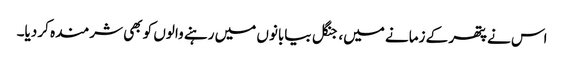
اس نے پتھر کے زمانے میں، جنگل بیابانوں میں رہنے والوں کو بھی شرمندہ کر دیا۔